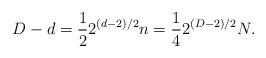
\begin{align*}D - d = \frac{1}{2} 2^{(d-2)/2} n = \frac{1}{4} 2^{(D-2)/2} N.\end{align*}